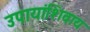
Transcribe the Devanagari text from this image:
उपायांशिवाय